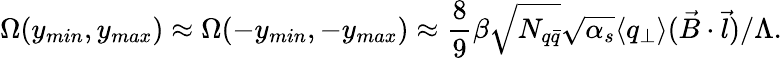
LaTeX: \Omega(y_{min},y_{max})\approx\Omega(-y_{min},-y_{max})\approx\frac{8}{9}\beta\sqrt{N_{q\bar{q}}}\sqrt{\alpha_{s}}\langle q_{\perp}\rangle(\vec{B}\cdot\vec{l})/\Lambda.